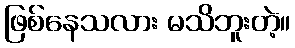
ဖြစ်နေသလား မသိဘူးတဲ့။